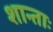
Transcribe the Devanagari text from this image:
शान्ताः